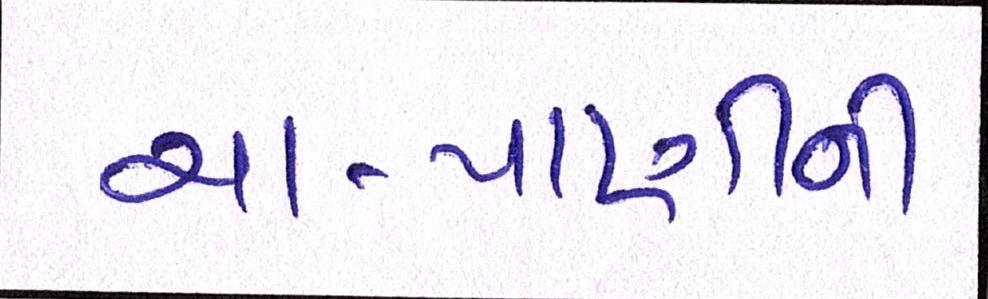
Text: ચા-પાણીની